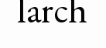
larch